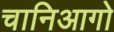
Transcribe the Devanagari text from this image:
चानिआगो